Vaccination report Assam 1874-1896 - 1874-1896
Year: 1874
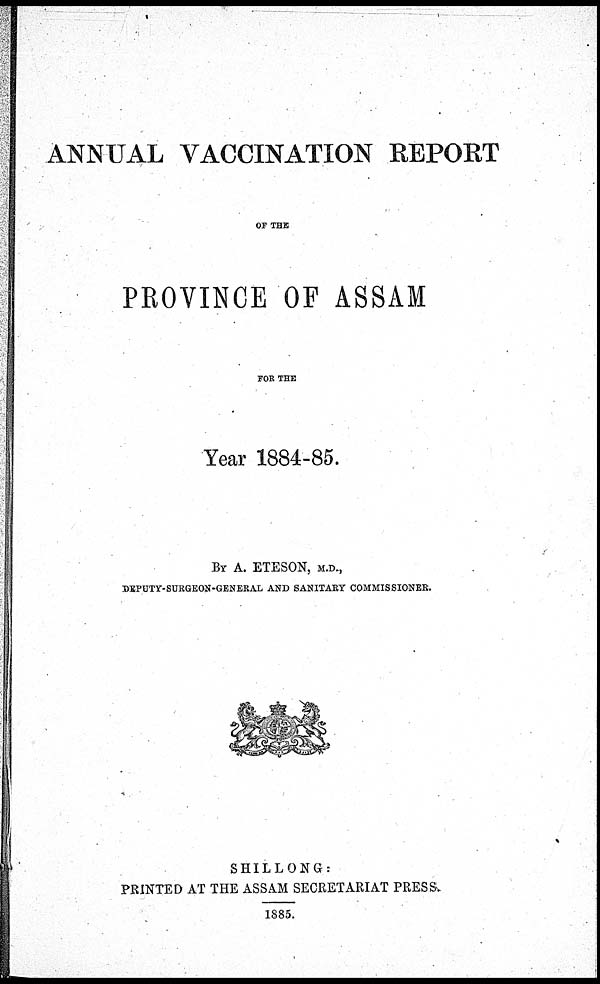
ANNUAL VACCINATION REPORT
OF THE
PROVINCE OF ASSAM
FOR THE
Year 1884-85.
BY A. ETESON, M.D.,
DEPUTY-SURGEON-GENERAL AND SANITARY COMMISSIONER.
SHILLONG:
PRINTED AT THE ASSAM SECRETARIAT PRESS.
1885.